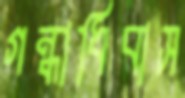
গন্ধাধিবাস